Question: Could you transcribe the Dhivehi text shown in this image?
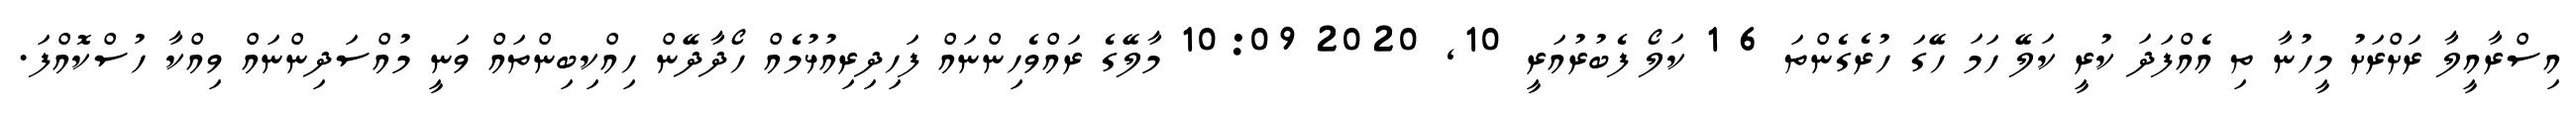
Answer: އިސްރާއީލާ ރަށްރަށު މީހުނާ ތި އެއްފަދަ ކުރީ ކަލޭ ހަމަ ހޭގަ ހުރެގެންތަ 6 1 ކަލޯ ފެބުރުއަރީ 10, 2020 10:09 މާލޭގެ ރައްވެހިންނައް ފަހިދިރިއުޅުމެއް ހޯދާދޭން ހިއްކިބިންތައް ވަނީ މުއްސަދިންނައް ވިއްކާ ހުސްކޮއްފަ.